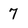
Character: 7